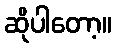
ဆိုပါတော့။